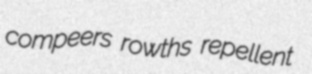
compeers rowths repellent